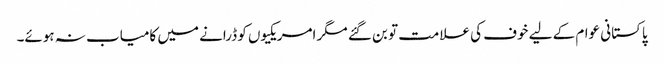
پاکستانی عوام کے لیے خوف کی علامت تو بن گئے مگر امریکیوں کو ڈرانے میں کامیاب نہ ہوئے۔